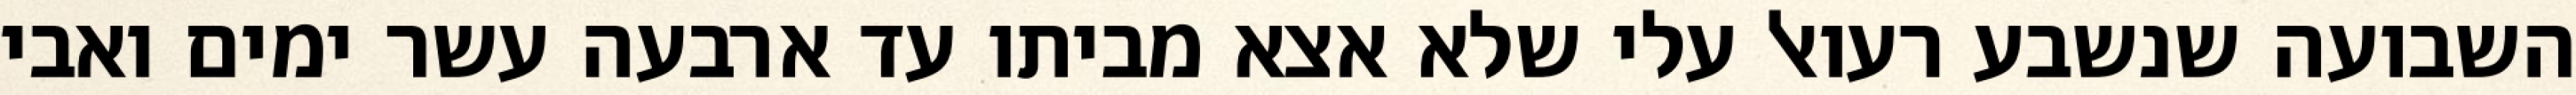
השבועה שנשבע רעואל עלי שלא אצא מביתו עד ארבעה עשר ימים ואבי